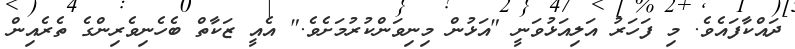
ދައްކާފައެވެ. މި ފަހަރު އަލިއަޅުވަނީ "އަޅުން މިނިވަންކުރުމަށެވެ." އެއީ ޒަކާތް ބެހެނިވެރިންގެ ތެރެއިން